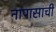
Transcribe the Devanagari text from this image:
नापासाची